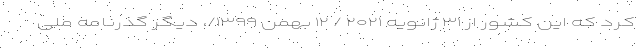
کرد که این کشور از ۳۱ ژانویه ۲۰۲۱ / ۱۲ بهمن ۱۳۹۹/، دیگر گذرنامه ملی